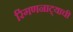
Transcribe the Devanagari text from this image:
रिंगणनाट्याची